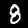
Digit: 8